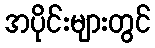
အပိုင်းများတွင်